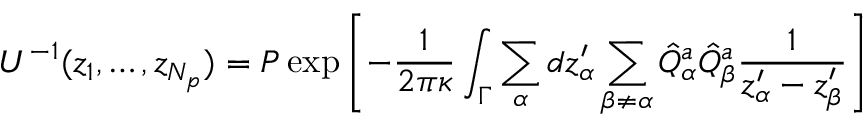
U ^ { - 1 } ( z _ { 1 } , \dots , z _ { N _ { p } } ) = P \exp \left[ - { \frac { 1 } { 2 \pi \kappa } } \int _ { \Gamma } \sum _ { \alpha } d z _ { \alpha } ^ { \prime } \sum _ { \beta \not = \alpha } \hat { Q } _ { \alpha } ^ { a } \hat { Q } _ { \beta } ^ { a } \frac { 1 } { z _ { \alpha } ^ { \prime } - z _ { \beta } ^ { \prime } } \right]